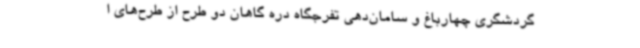
گردشگری چهارباغ و سامان‌دهی تفرجگاه دره گاهان دو طرح از طرح‌های ا